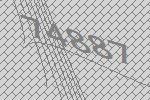
74887